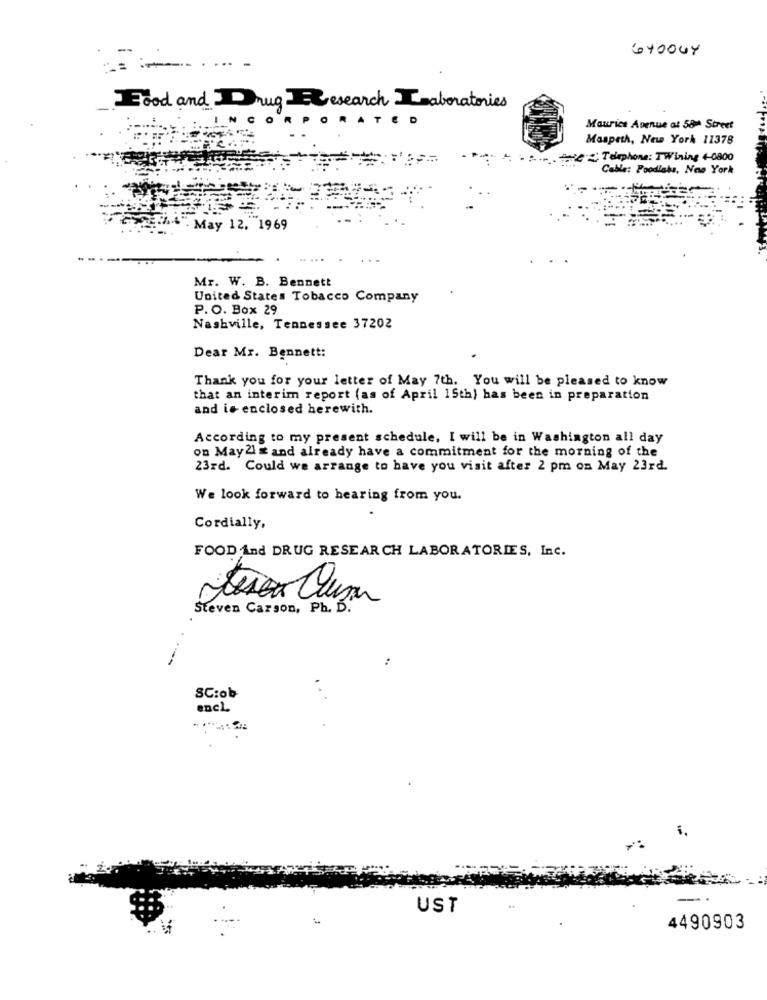
. -
Food and Drug Research Laboratories
ORATED
Maurice Avenue at 58m Street
Maspeth, New York 11378
. THETelephone: TWining 4-0800
Cable: Foodlabs, Noe York
- May 12, 1969
Mr. W. B. Bennett
United States Tobacco Company
P. O. Box 29
Nashville, Tennessee 37202
Dear Mr. Bennett:
Thank you for your letter of May 7th. You will be pleased to know
that an interim report (as of April 15th) has been in preparation
and is enclosed herewith.
According to my present schedule, I will be in Washington all day
on May2l # and already have a commitment for the morning of the
23rd. Could we arrange to have you visit after 2 pm on May 23rd.
We look forward to hearing from you.
Cordially,
FOOD And DRUG RESEARCH LABORATORIES, Inc.
Steven Carson, Ph. D.
SC:ob
encl.
UST
4490903